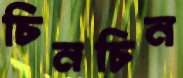
চিনচিন